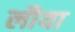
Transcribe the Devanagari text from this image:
लौया